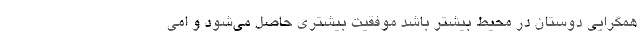
همگرایی دوستان در محیط بیشتر باشد موفقیت بیشتری حاصل می‌شود و امی